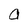
Character: a